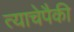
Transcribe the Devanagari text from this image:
त्याचेपैकी